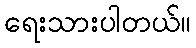
ရေးသားပါတယ်။